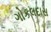
ગોકલદાસ